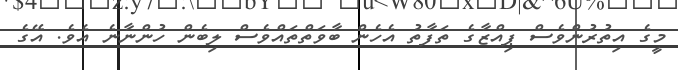
މީގެ އިތުރުންވެސް ޕިއްޒާގެ ތަފާތު އެހެން ބާވަތްތައްވެސް ލިބެން ހުންނާނެ އެވެ. އޭގެ